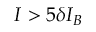
I > 5 \delta I _ { B }